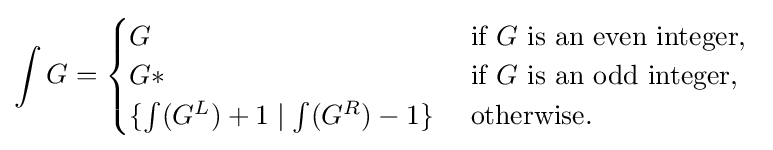
\int G={\begin{cases}G&{\text{ if }}G{\text{ is an even integer, }}\\G*&{\text{ if }}G{\text{ is an odd integer, }}\\\{\int (G^{L})+1\mid \int (G^{R})-1\}&{\text{ otherwise. }}\end{cases}}